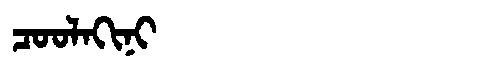
Manchu: ᠴᠣᠣᠯᠠᡴᡳᠨᡳ
Romanization: COOLAKINI